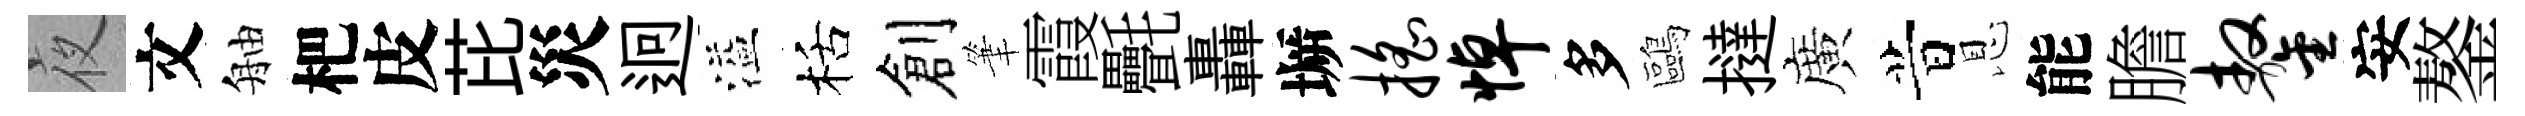
夜文舳杷皮芘災迥溢栝創筆霞㲲轟󶱲摇悼多鷗撻廣昔恩能膽鏊安鏊